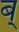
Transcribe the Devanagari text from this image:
ब्‌